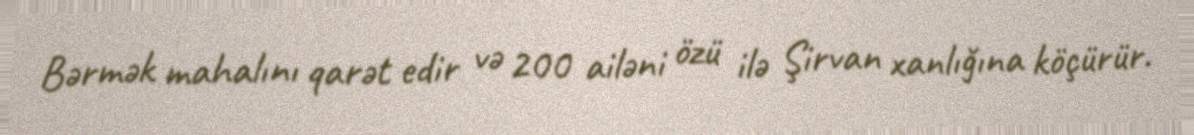
Bərmək mahalını qarət edir və 200 ailəni özü ilə Şirvan xanlığına köçürür.